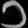
Digit: ၁